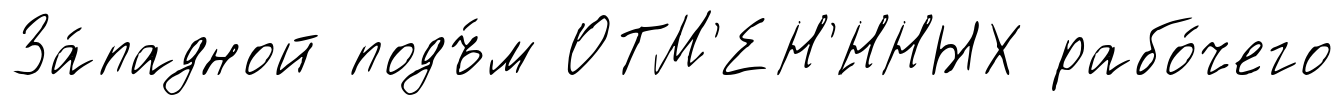
За́падной подъ́м ОТМ'ЕН'́ННЫХ рабо́чего